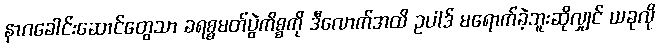
နာဂခေါင်းဆောင်တွေသာ ခရစ္စမတ်ပွဲကိစ္စကို ဒီလောက်အထိ ဥပါဒ် မရောက်ခဲ့ဘူးဆိုလျှင် ယခုလို